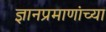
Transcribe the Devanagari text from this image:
ज्ञानप्रमाणांच्या